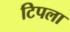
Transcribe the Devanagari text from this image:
टिपला